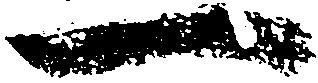
一